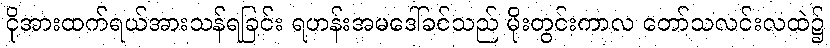
ငိုအားထက်ရယ်အားသန်ရခြင်း ရဟန်းအမဒေါ်ခင်သည် မိုးတွင်းကာလ တော်သလင်းလထဲ၌